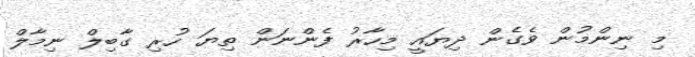
މި ނިންމުން ވެގެން ދިޔައީ މިހާރު ފެންނަން ތިޔަ ހުރި ގާބިލް ނިމާލް